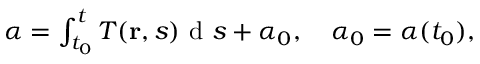
\begin{array} { r } { \alpha = \int \displaylimits _ { t _ { 0 } } ^ { t } T ( \mathbf r , s ) \textrm { d } s + \alpha _ { 0 } , \quad \alpha _ { 0 } = \alpha ( t _ { 0 } ) , } \end{array}